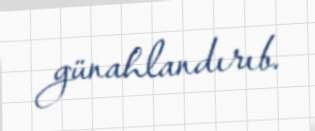
günahlandırıb.